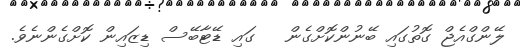
ލޭންގްއެޖް ގޮތުގައި ބޭނުންކޮށްގެން   ގައި ޑޭޓާބޭސް ޑިޒައިން ކޮށްގެންނެވެ.